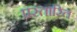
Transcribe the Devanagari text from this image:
प्रस्तारित